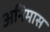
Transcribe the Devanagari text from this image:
अनिमास